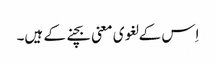
اِس کے لغوی معنی بچنے کے ہیں۔